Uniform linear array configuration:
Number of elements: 4
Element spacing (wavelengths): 0.25
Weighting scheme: hamming
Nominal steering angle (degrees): -15
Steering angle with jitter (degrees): -15.248
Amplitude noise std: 0.05
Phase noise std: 0.05

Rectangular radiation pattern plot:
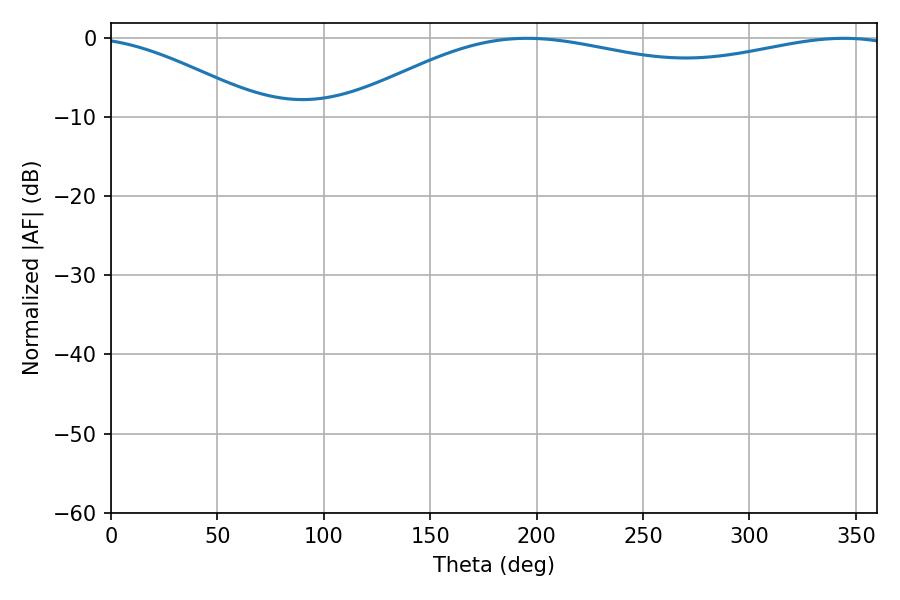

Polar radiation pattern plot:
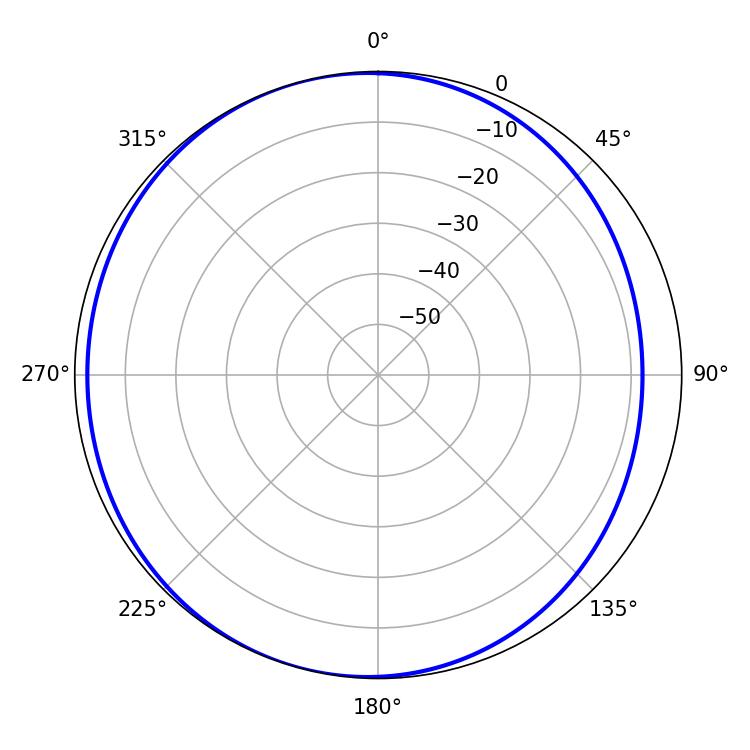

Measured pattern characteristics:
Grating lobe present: FALSE
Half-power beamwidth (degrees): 212.4
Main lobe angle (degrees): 195.48